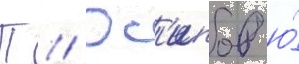
П // Ос'ипов ю́